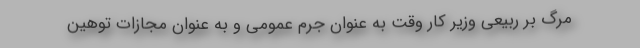
مرگ بر ربیعی وزیر کار وقت به عنوان جرم عمومی و به عنوان مجازات توهین